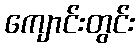
ကျောင်းတွင်း